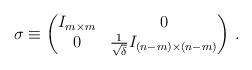
LaTeX: \begin{align*} \sigma \equiv \begin{pmatrix} I_{m\times m} & 0 \\ 0 & \frac{1}{\sqrt{\delta}} I_{(n-m)\times (n-m)} \end{pmatrix} \,. \end{align*}